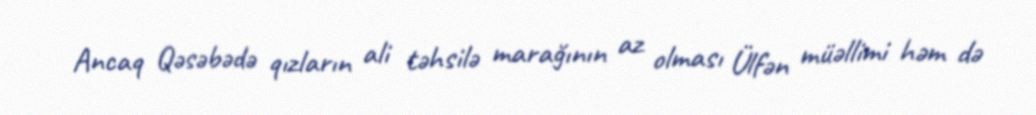
Ancaq Qəsəbədə qızların ali təhsilə marağının az olması Ülfən müəllimi həm də